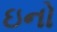
ઇનો